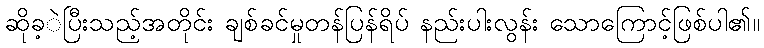
ဆိုခ့ဲပြီးသည့်အတိုင်း ချစ်ခင်မှုတန်ပြန်ရိပ် နည်းပါးလွန်း သောကြောင့်ဖြစ်ပါ၏။